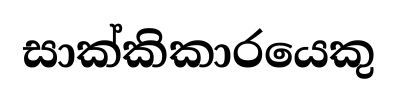
සාක්කිකාරයෙකු